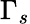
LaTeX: \Gamma_{s}